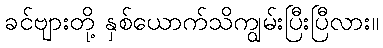
ခင်ဗျားတို့ နှစ်ယောက်သိကျွမ်းပြီးပြီလား။